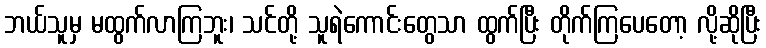
ဘယ်သူမှ မထွက်လာကြဘူး၊ သင်တို့ သူရဲကောင်းတွေသာ ထွက်ပြီး တိုက်ကြပေတော့ လို့ဆိုပြီး